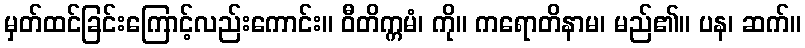
မှတ်ထင်ခြင်းကြောင့်လည်းကောင်း။ ဝီတိက္ကမံ၊ ကို။ ကရောတိနာမ၊ မည်၏။ ပန၊ ဆက်။